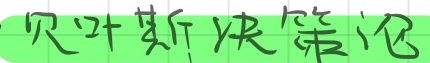
贝叶斯决策论